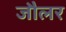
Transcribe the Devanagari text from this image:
जौलर